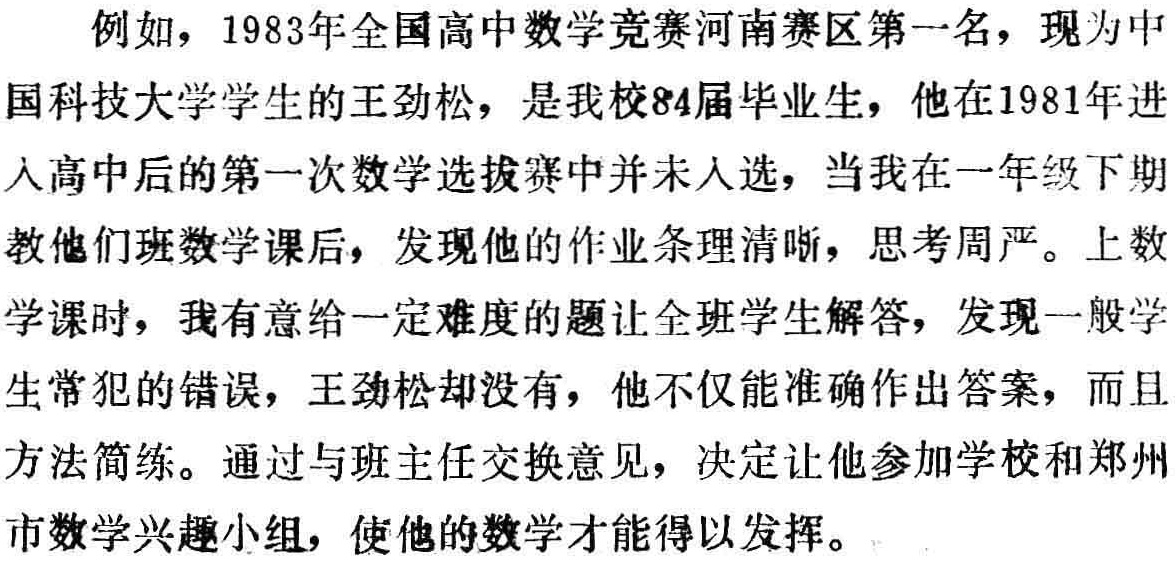
例如，1983年全国高中数学竞赛河南赛区第一名，现为中国科技大学学生的王劲松，是我校84届毕业生，他在1981年进入高中后的第一次数学选拔赛中并未入选，当我在一年级下期教他们班数学课后，发现他的作业条理清晰，思考周严。上数学课时，我有意给一定难度的题让全班学生解答，发现一般学生常犯的错误，王劲松却没有，他不仅能准确作出答案，而且方法简练。通过与班主任交换意见，决定让他参加学校和郑州市数学兴趣小组，使他的数学才能得以发挥。